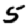
Digit: 5